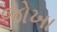
જોખા